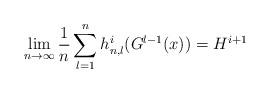
LaTeX: \begin{align*}\lim_{n\rightarrow\infty}\frac{1}{n}\sum_{l=1}^nh_{n,l}^i(G^{l-1}(x))=H^{i+1}\end{align*}